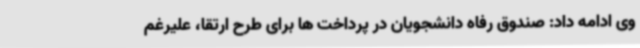
وی ادامه داد: صندوق رفاه دانشجویان در پرداخت ها برای طرح ارتقا، علیرغم